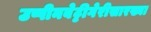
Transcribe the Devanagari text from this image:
उप्पीनबेट्टीगेरीसारख्या